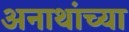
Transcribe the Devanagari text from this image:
अनाथांच्या